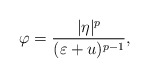
\begin{align*}\varphi=\frac{|\eta|^p}{(\varepsilon+u)^{p-1}},\end{align*}